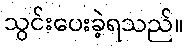
သွင်းပေးခဲ့ရသည်။